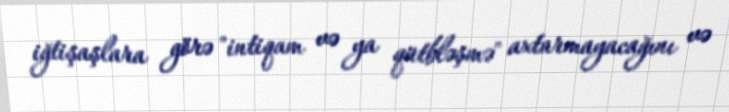
iğtişaşlara görə "intiqam və ya qütbləşmə" axtarmayacağını və